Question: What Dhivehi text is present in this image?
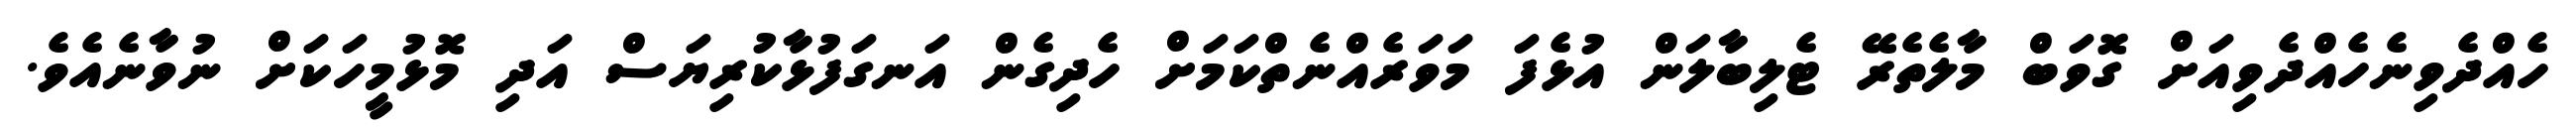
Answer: ހެއްދެވިނެހެއްދެވިއަށް ގޮވަބް މާލެތެރޭ ޓެލިބާލަން އުޅެފަ މަވަރެއްނެތްކަމަށް ހެދިގެން އަނގަފުޅާކުރިޔަސް އަދި މޮޅުމީހަކަށް ނުވާނެއެވެ.